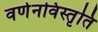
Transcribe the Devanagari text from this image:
वर्णनविस्तृति